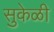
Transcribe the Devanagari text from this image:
सुकेळी